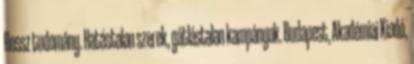
Rossz tudomány. Hatástalan szerek, gátlástalan kampányok. Budapest, Akadémiai Kiadó,